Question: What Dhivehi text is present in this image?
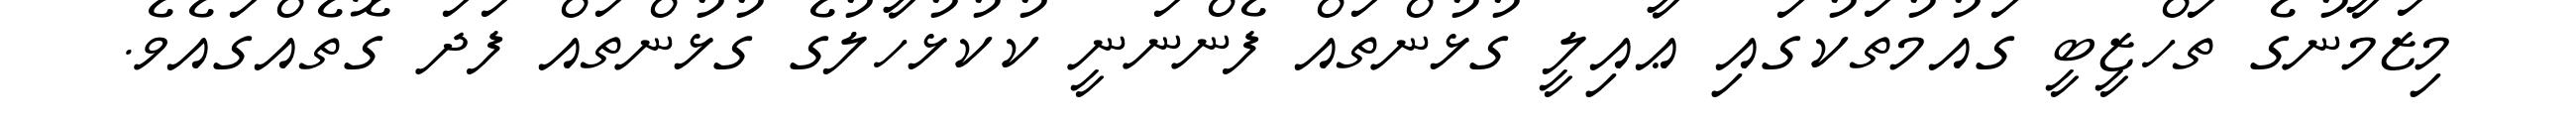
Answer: މިޒަމާނުގެ ތަހްޒީބީ ގައުމުތަކުގައި ޢާއިލީ ގުޅުންތައް ފެންނަނީ ކުކުޅުހާލުގެ ގުޅުންތައް ފަދަ ގޮތެއްގައެވެ.